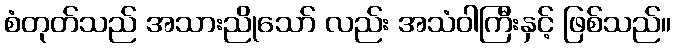
စံတုတ်သည် အသားညိုသော် လည်း အသံဝါကြီးနှင့် ဖြစ်သည်။